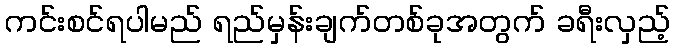
ကင်းစင်ရပါမည် ရည်မှန်းချက်တစ်ခုအတွက် ခရီးလှည့်